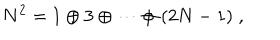
N ^ { 2 } = 1 \oplus 3 \oplus \cdots \oplus ( 2 N - 1 ) \; ,